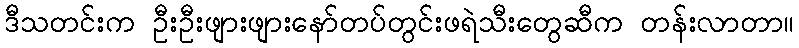
ဒီသတင်းက ဦးဦးဖျားဖျားနော်တပ်တွင်းဖရဲသီးတွေဆီက တန်းလာတာ။